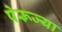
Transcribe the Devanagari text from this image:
पेरूज्या